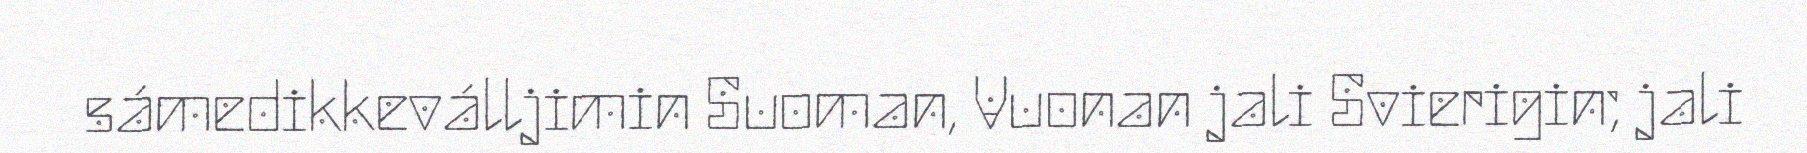
sámedikkeválljimin Suoman, Vuonan jali Svierigin; jali